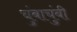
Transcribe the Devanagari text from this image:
चुंबाचुंबी